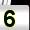
Digit: 5